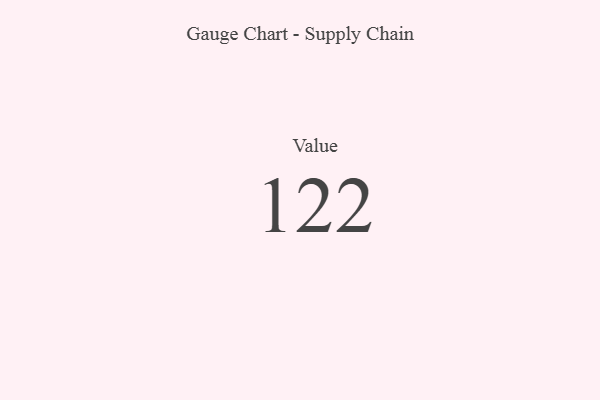
{"axis": {"x": "Metric", "y": "Value"}, "legend": [""], "data": [{"x": "Value", "y": 122, "type": ""}]}